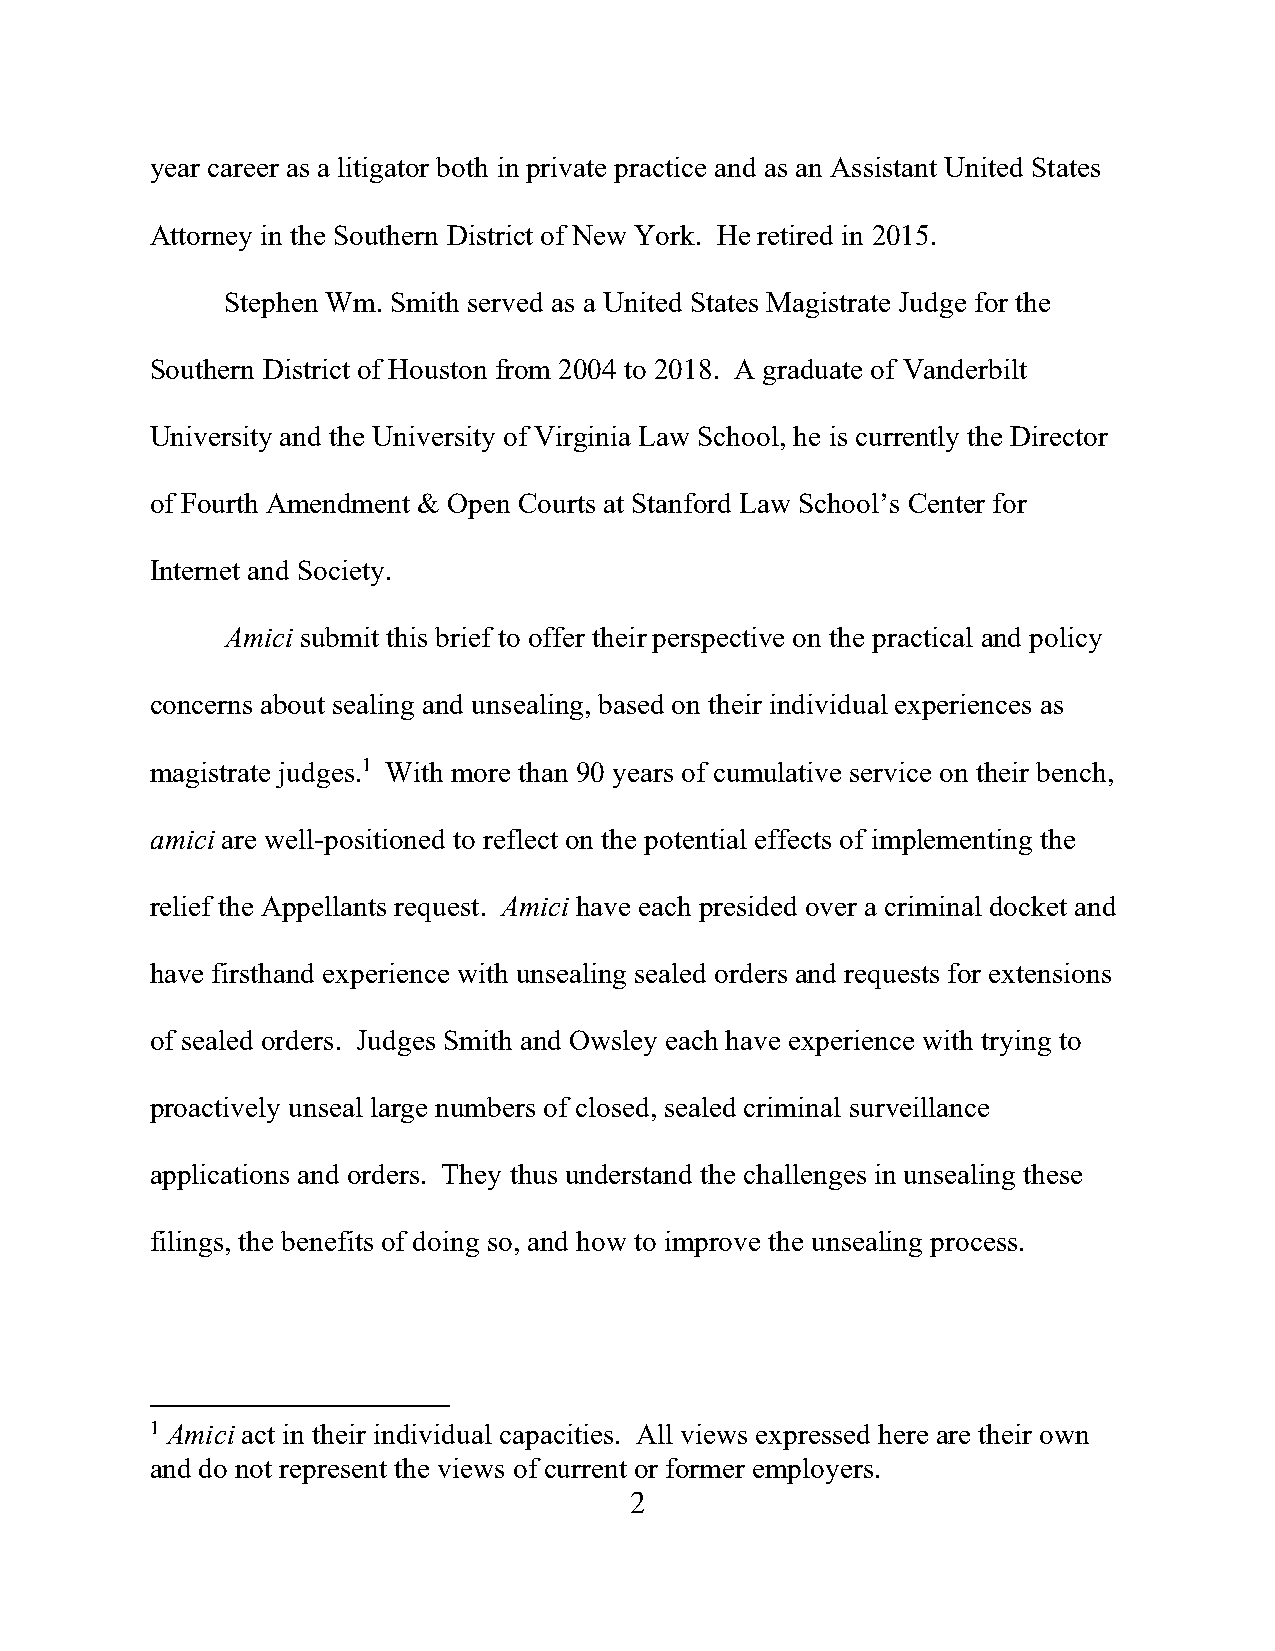
year career as a litigator both in private practice and as an Assistant United States
 Attorney in the Southern District of New York. He retired in 2015.
 Stephen Wm. Smith served as a United States Magistrate Judge for the
 Southern District of Houston from 2004 to 2018. A graduate of Vanderbilt
 University and the University of Virginia Law School, he is currently the Director
 of Fourth Amendment & Open Courts at Stanford Law School’s Center for
 Internet and Society.
 Amici submit this brief to offer their perspective on the practical and policy
 concerns about sealing and unsealing, based on their individual experiences as
 magistrate judges.1 With more than 90 years of cumulative service on their bench,
 amici are well-positioned to reflect on the potential effects of implementing the
 relief the Appellants request. Amici have each presided over a criminal docket and
 have firsthand experience with unsealing sealed orders and requests for extensions
 of sealed orders. Judges Smith and Owsley each have experience with trying to
 proactively unseal large numbers of closed, sealed criminal surveillance
 applications and orders. They thus understand the challenges in unsealing these
 filings, the benefits of doing so, and how to improve the unsealing process.
 1 Amici act in their individual capacities. All views expressed here are their own
 and do not represent the views of current or former employers.
 2